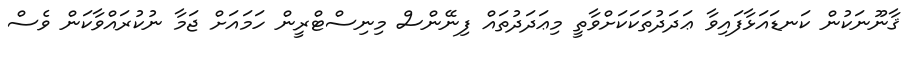
ޤާނޫނަކުން ކަނޑައަޅާފައިވާ ޢަދަދުތަކަކަށްވާތީ މިޢަދަދުތައް ފިނޭންސް މިނިސްޓްރީން ހަމައަށް ޖަމާ ނުކުރައްވާކަން ވެސް